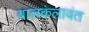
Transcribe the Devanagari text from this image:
बालकलावंत